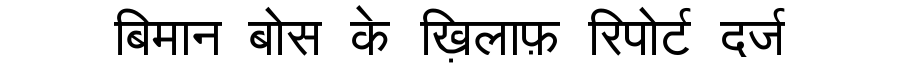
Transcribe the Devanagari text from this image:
बिमान बोस के ख़िलाफ़ रिपोर्ट दर्ज